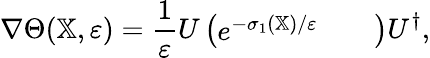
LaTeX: \nabla\Theta(\mathbb{X},\varepsilon)=\frac{1}{\varepsilon}U\left(\begin{array}{lll}{e^{-\sigma_{1}(\mathbb{X})/\varepsilon}}&{}&{}\end{array}\right)U^{\dagger},